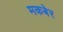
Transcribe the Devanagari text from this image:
मकबेर